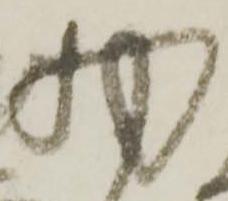
物